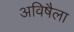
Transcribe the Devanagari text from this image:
अविषैला